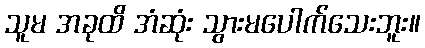
သူမ အခုထိ အံဆုံး သွားမပေါက်သေးဘူး။